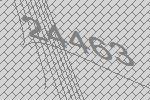
24463